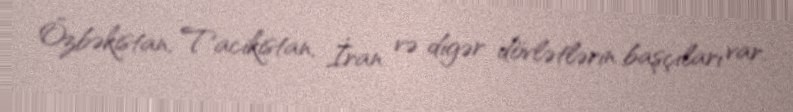
Özbəkistan, Tacikistan, İran və digər dövlətlərin başçıları var.